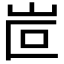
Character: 𡶆